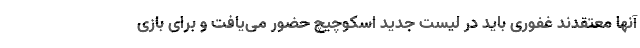
آنها معتقدند غفوری باید در لیست جدید اسکوچیچ حضور می‌یافت و برای بازی